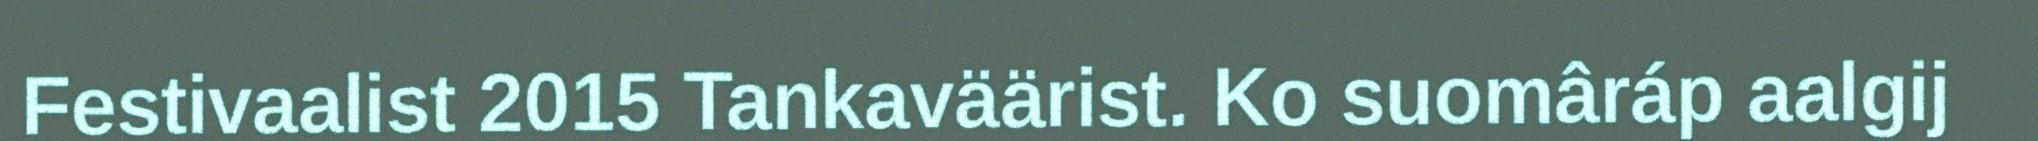
Festivaalist 2015 Tankaväärist. Ko suomâráp aalgij